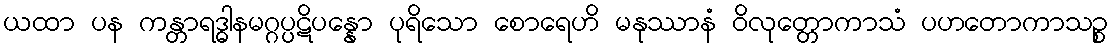
ယထာ ပန ကန္တာရဒ္ဓါနမဂ္ဂပ္ပဋိပန္နော ပုရိသော စောရေဟိ မနုဿာနံ ဝိလုတ္တောကာသံ ပဟတောကာသဉ္စ